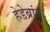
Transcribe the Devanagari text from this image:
हेडेब्रांड